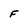
Character: F